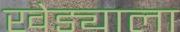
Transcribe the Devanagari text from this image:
खेड्याला